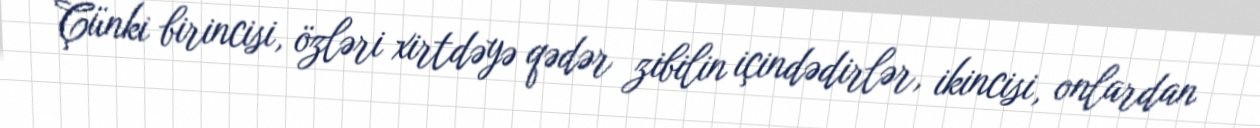
Çünki birincisi, özləri xirtdəyə qədər zibilin içindədirlər, ikincisi, onlardan